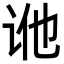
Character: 𬣢